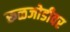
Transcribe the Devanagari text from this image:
रूळजोडीवर